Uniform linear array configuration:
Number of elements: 4
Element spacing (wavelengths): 0.25
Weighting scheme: uniform
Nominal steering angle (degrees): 0
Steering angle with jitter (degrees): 1.984
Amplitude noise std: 0.05
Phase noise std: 0.05

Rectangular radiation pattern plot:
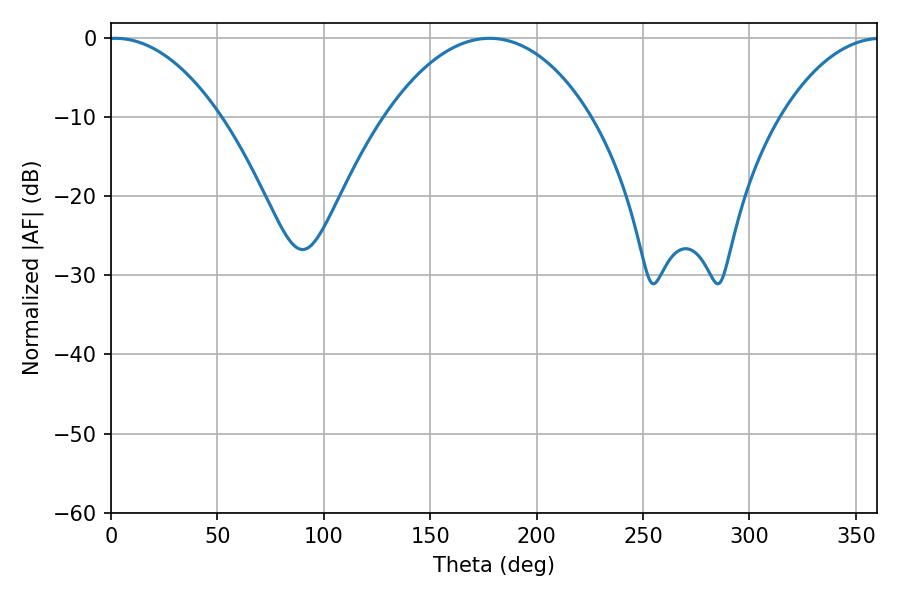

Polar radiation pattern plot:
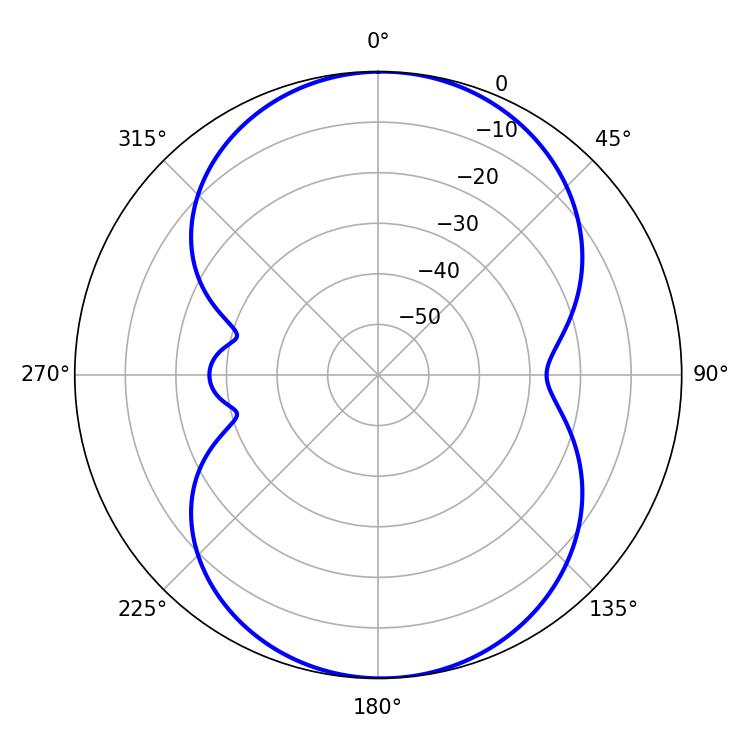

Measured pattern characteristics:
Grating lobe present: FALSE
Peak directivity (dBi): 13.512
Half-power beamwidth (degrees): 29.34
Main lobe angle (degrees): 1.98